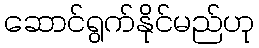
ဆောင်ရွက်နိုင်မည်ဟု